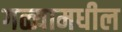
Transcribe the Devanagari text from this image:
गळ्यामधील